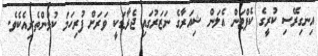
އިނގިރޭސި ކުރީގެ ކެޕްޓަން އެލަން ޝިއަރާގެ ނަޒަރުގައި ޖެރާޑަކީ ވަރަށް ފުރިހަމަ ކުޅުންތެރިއެކެވެ.